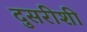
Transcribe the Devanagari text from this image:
दुसरीशी